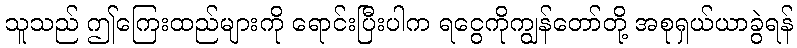
သူသည် ဤကြေးထည်များကို ရောင်းပြီးပါက ရငွေကိုကျွန်တော်တို့ အစုရှယ်ယာခွဲရန်